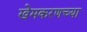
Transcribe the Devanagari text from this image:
खेमकरणच्या